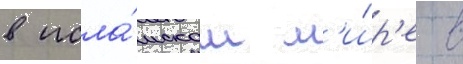
в исла́мском м'и́р'е в